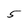
Character: 5